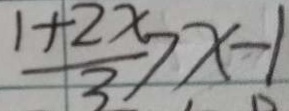
\frac { 1 + 2 x } { 3 } > x - 1